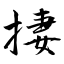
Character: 捿